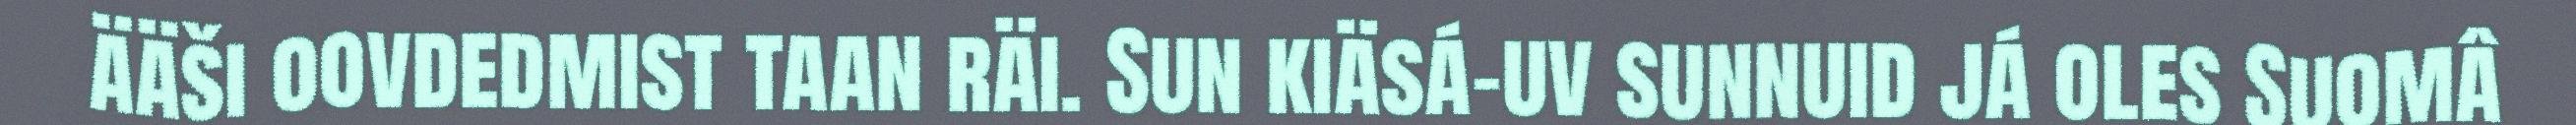
ääši oovdedmist taan räi. Sun kiäsá-uv sunnuid já oles Suomâ